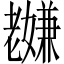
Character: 𫅸